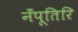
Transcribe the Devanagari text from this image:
नँपूतिरि